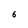
Character: 6